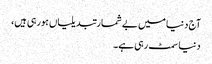
آج دنیا میں بے شمارتبدیلیاں ہورہی ہیں،
دنیا سمٹ رہی ہے۔